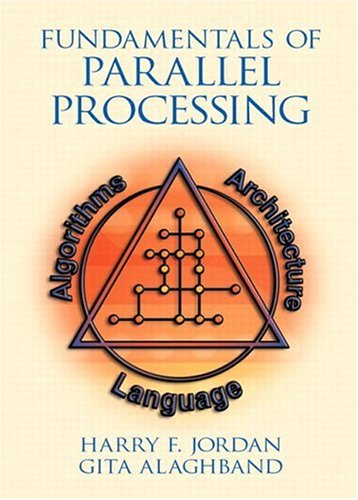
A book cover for Fundamentals of Parallel Processing; Harry F. Jordan; Computers & Technology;